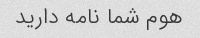
هوم شما نامه دارید